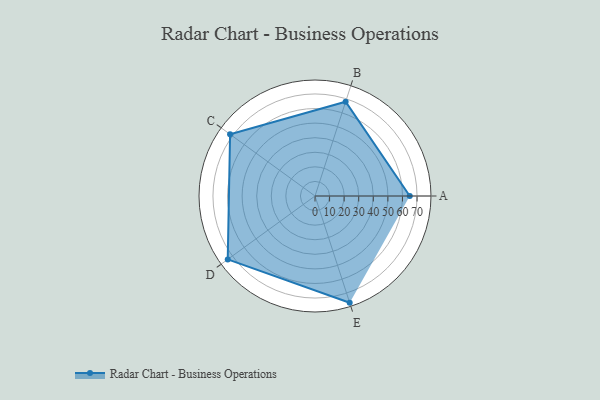
{"axis": {"x": "Skill", "y": "Score"}, "legend": ["Profile"], "data": [{"x": "A", "y": 65.0, "type": "Profile"}, {"x": "B", "y": 68.0, "type": "Profile"}, {"x": "C", "y": 72.0, "type": "Profile"}, {"x": "D", "y": 74.0, "type": "Profile"}, {"x": "E", "y": 77.0, "type": "Profile"}]}